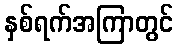
နှစ်ရက်အကြာတွင်